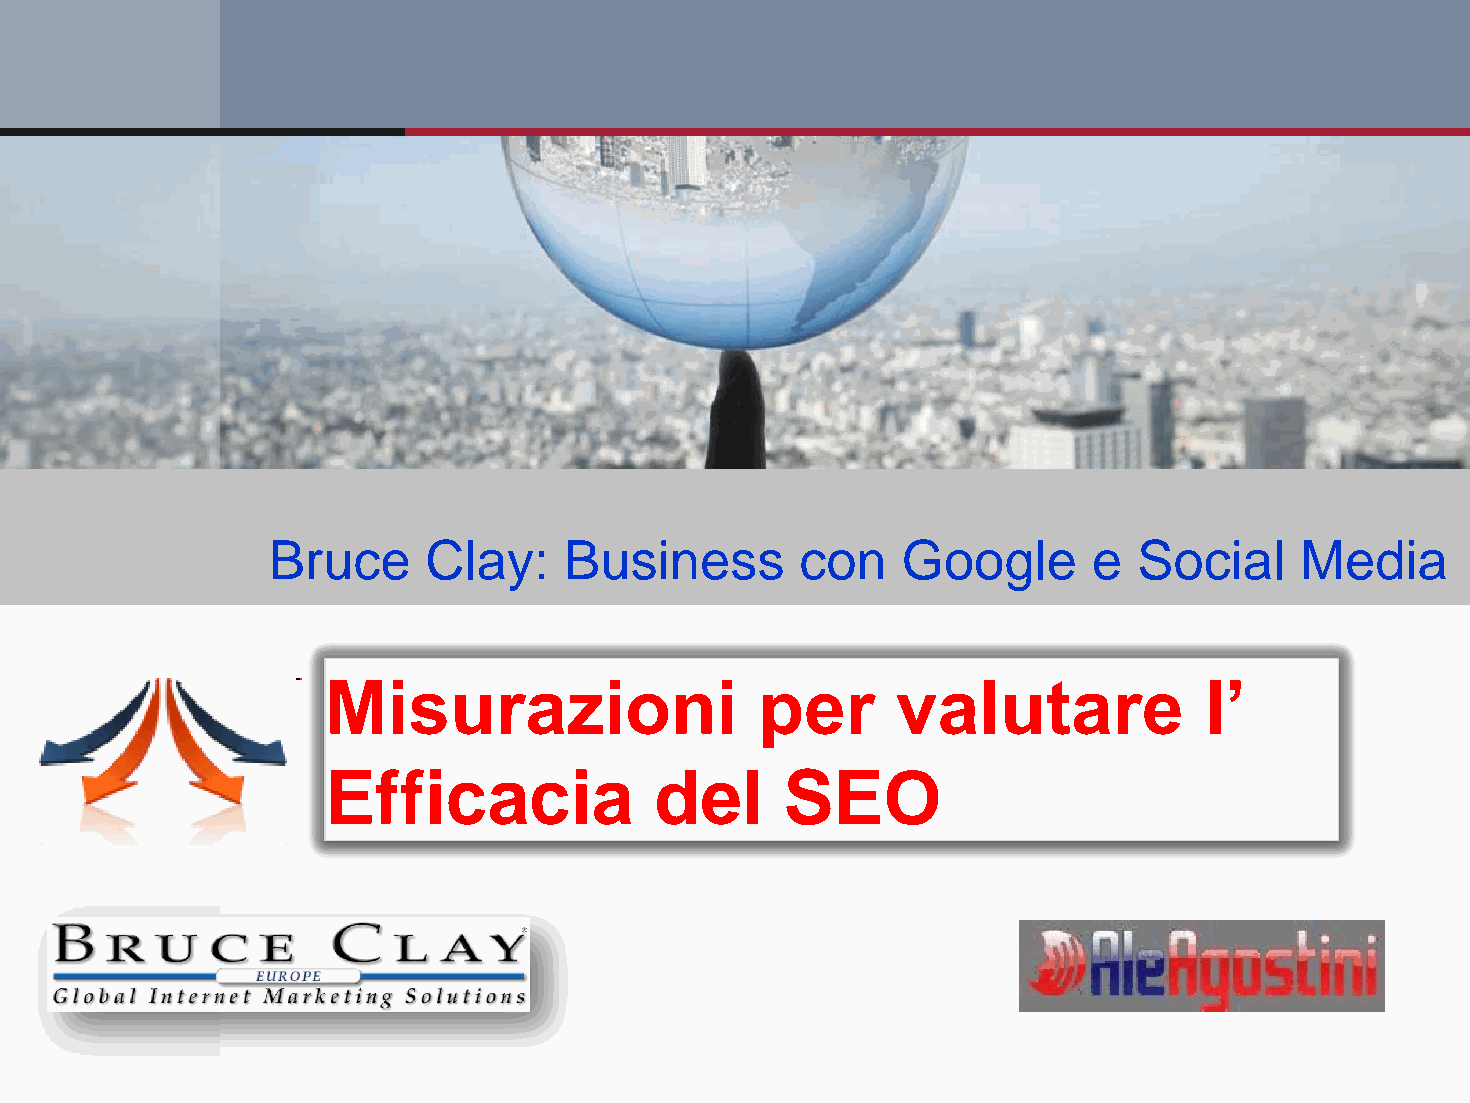
Bruce     Clay:    Business        con    Google      e  Social     Media
 Misurazioni                 per      valutare             l’
 Efficacia            del      SEO